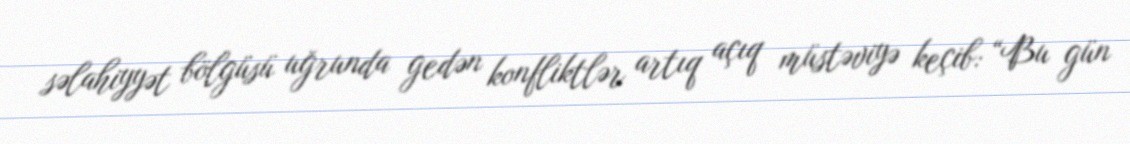
səlahiyyət bölgüsü uğrunda gedən konfliktlər artıq açıq müstəviyə keçib: “Bu gün